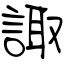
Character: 諏